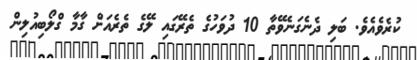
ކުރެވެއެވެ. ބަލި ދެނެގަނެވޭތާ 10 ދުވަހުގެ ތެރޭގައި ލޭގެ ތެރެއަށް ގާމާ ގްލޯބިއުލިން